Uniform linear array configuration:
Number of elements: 4
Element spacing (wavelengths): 0.75
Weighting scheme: hann
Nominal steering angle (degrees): -30
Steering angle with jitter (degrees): -31.295
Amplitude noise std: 0.05
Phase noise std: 0.05

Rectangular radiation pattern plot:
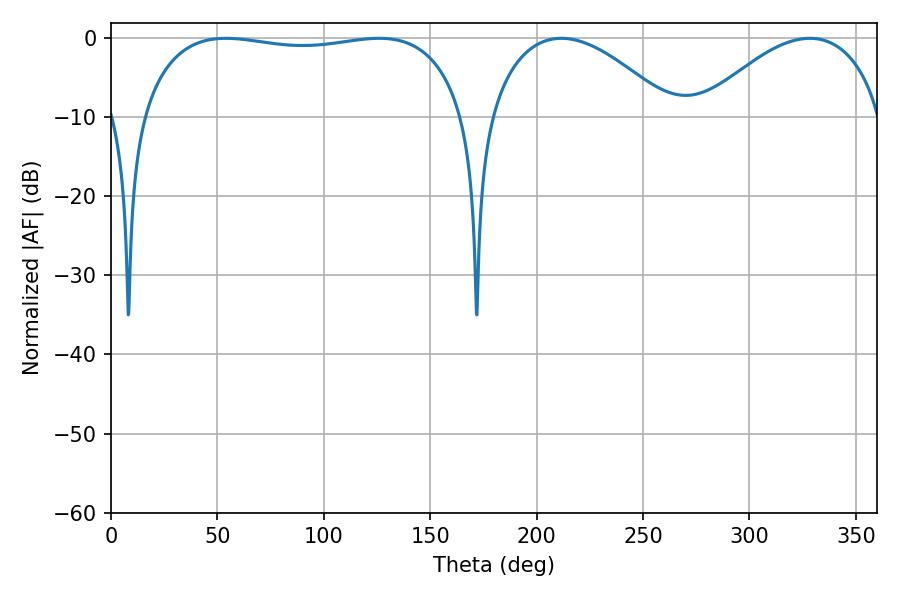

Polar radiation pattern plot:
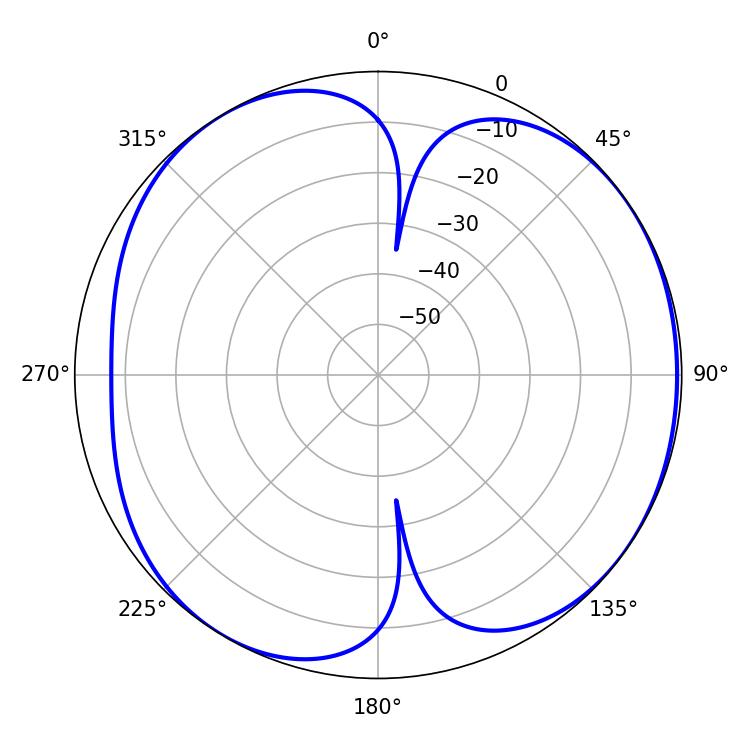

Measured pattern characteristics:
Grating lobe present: TRUE
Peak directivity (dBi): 5.61
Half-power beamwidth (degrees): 123.12
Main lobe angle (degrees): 54